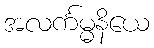
အလင်္ကမ္မနိယေ